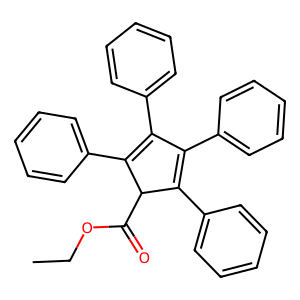
SMILES: CCOC(=O)C1C(c2ccccc2)=C(c2ccccc2)C(c2ccccc2)=C1c1ccccc1
Inhibits HIV replication: No